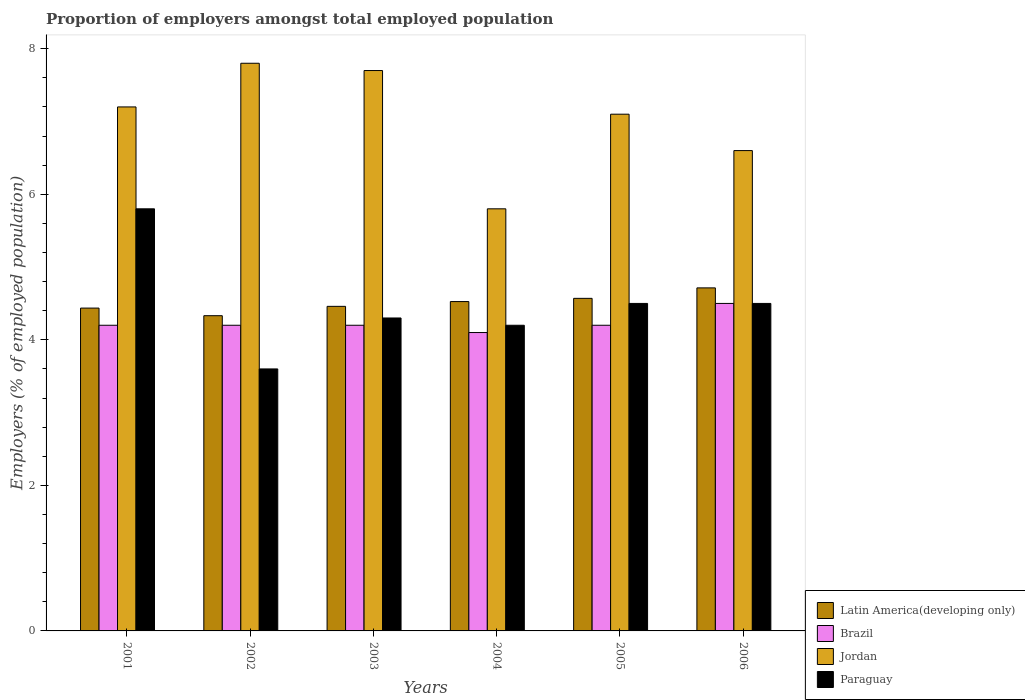
| Years | Latin America(developing only) | Brazil | Jordan | Paraguay |
 | --- | --- | --- | --- | --- |
 | 2001 | 4.44 | 4.2 | 7.2 | 5.8 |
 | 2002 | 4.33 | 4.2 | 7.8 | 3.6 |
 | 2003 | 4.46 | 4.2 | 7.7 | 4.3 |
 | 2004 | 4.53 | 4.1 | 5.8 | 4.2 |
 | 2005 | 4.57 | 4.2 | 7.1 | 4.5 |
 | 2006 | 4.71 | 4.5 | 6.6 | 4.5 |